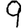
Digit: 9